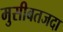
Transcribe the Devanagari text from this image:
मुसीबतजदा